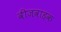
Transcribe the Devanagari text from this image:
वीजवाहक